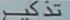
تذكّر